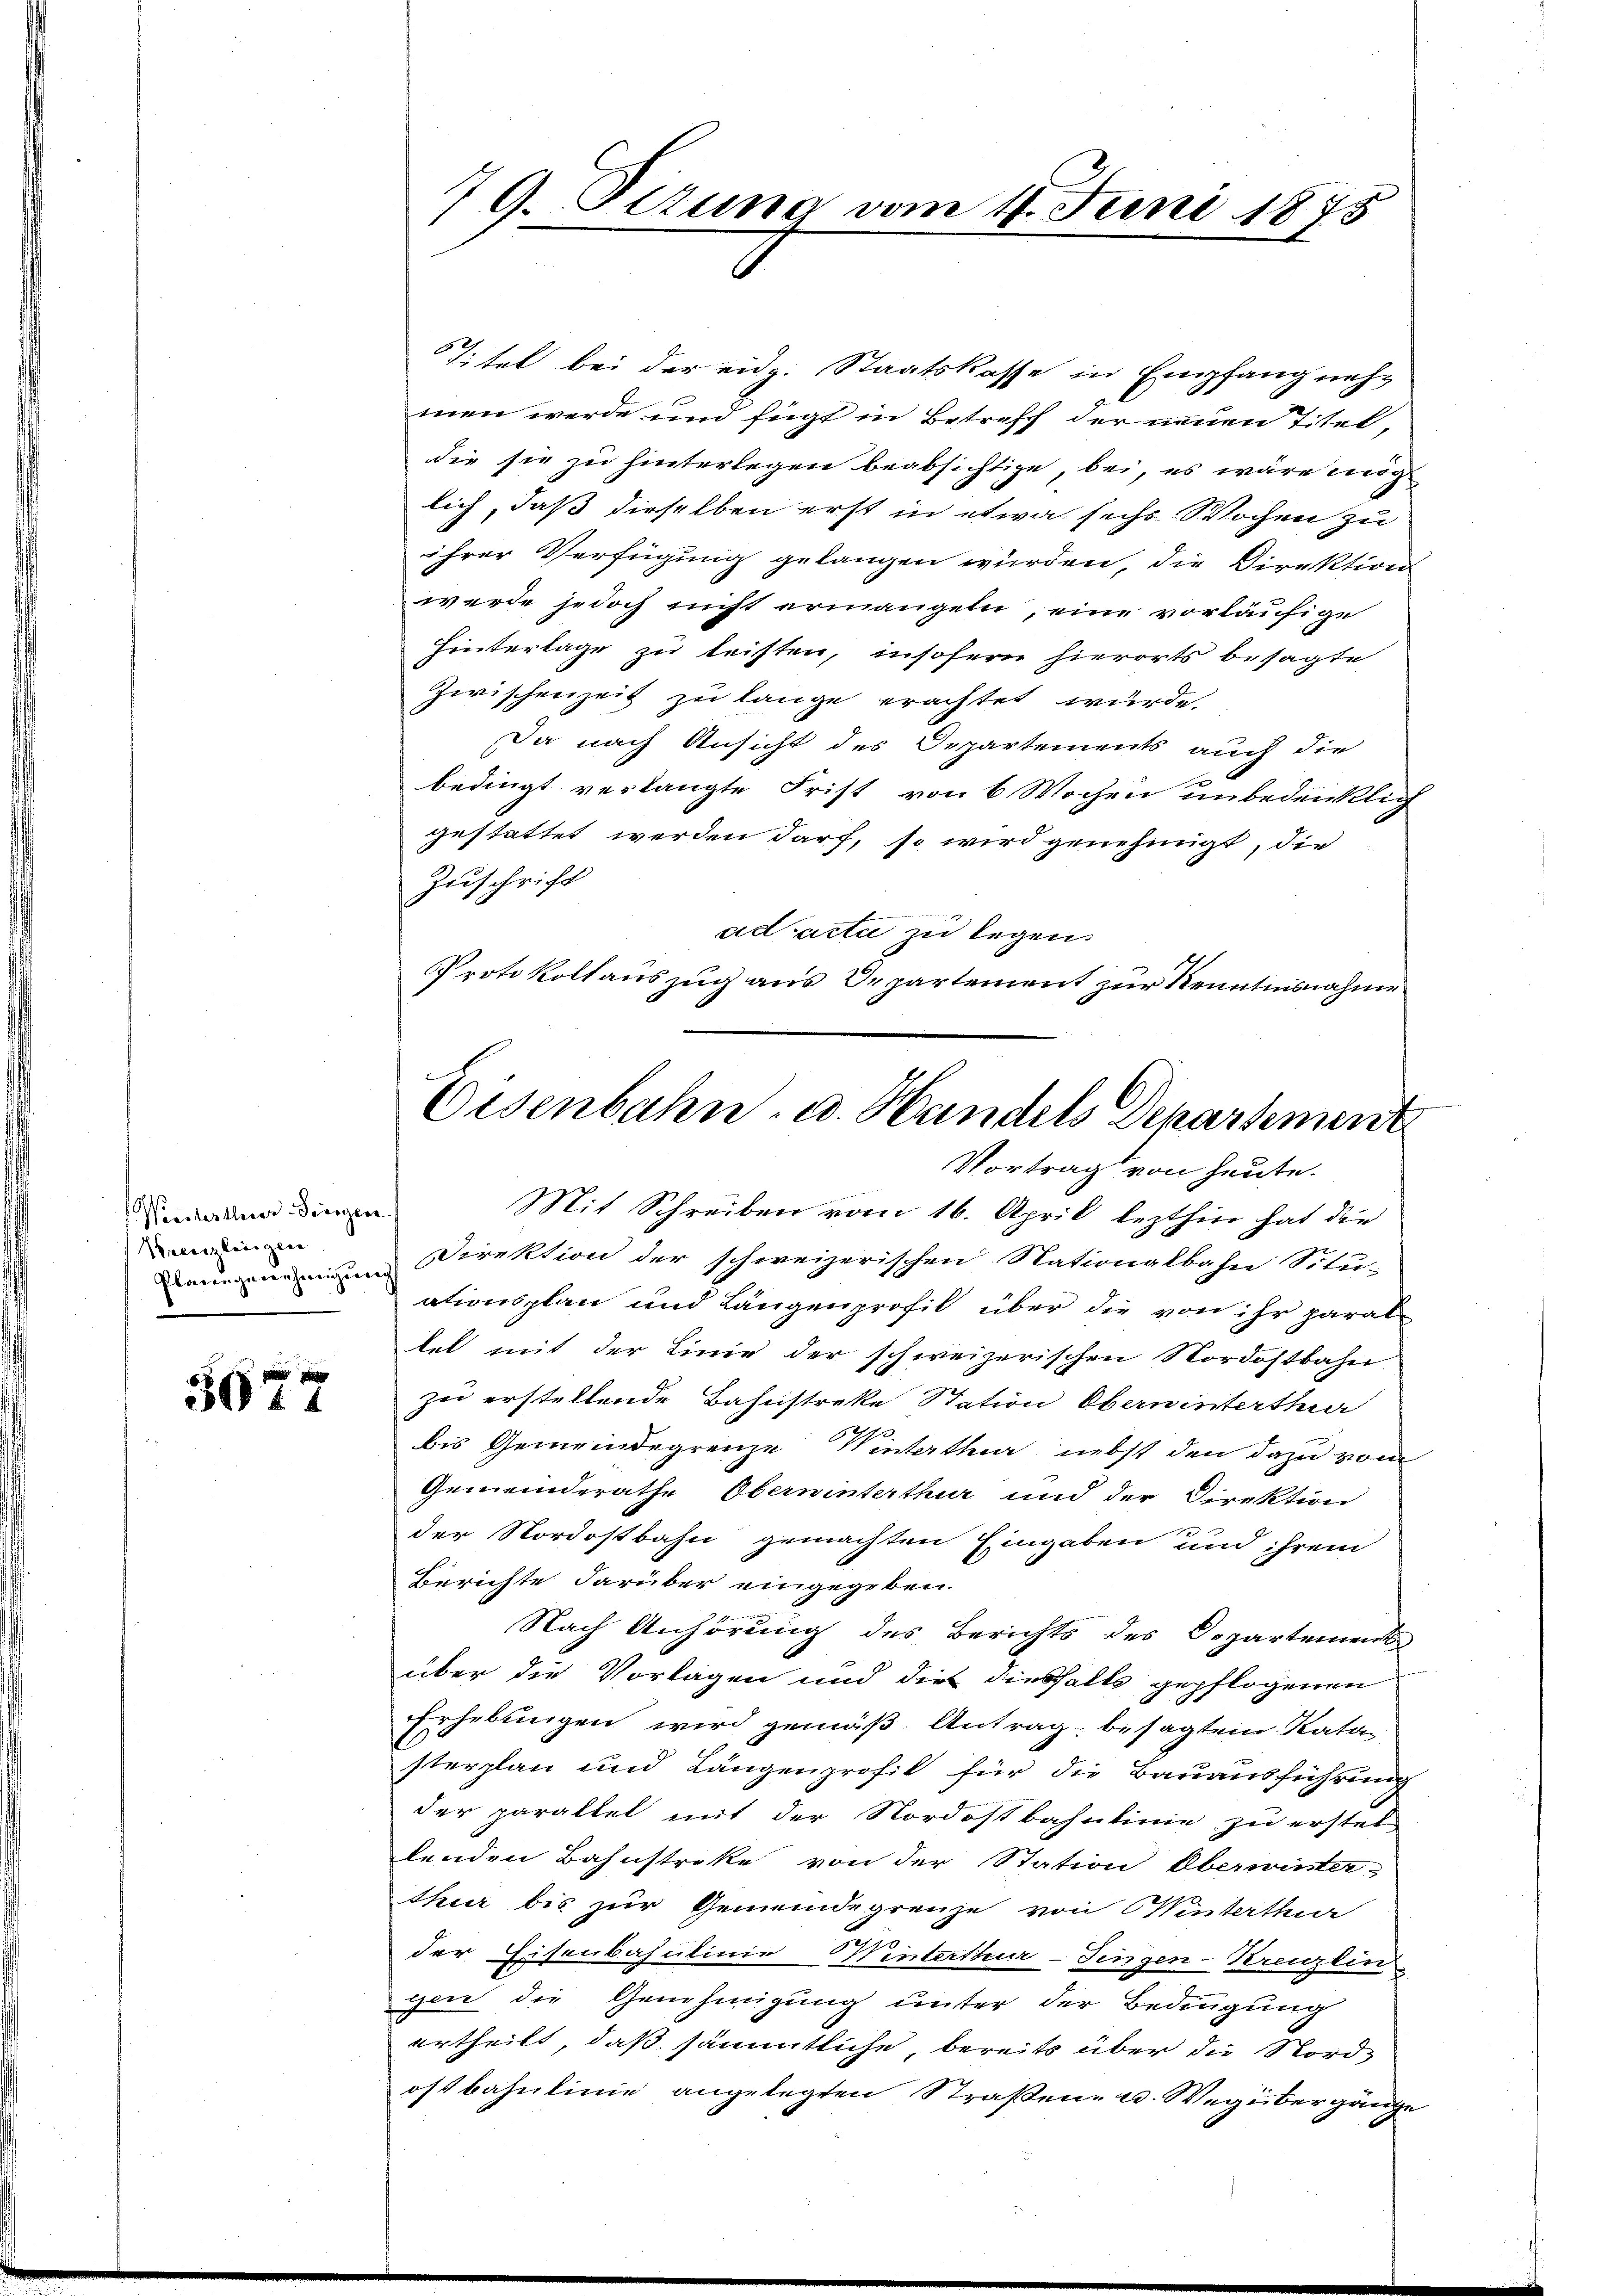
Weisterthurer-Siegen-
Kreuzlinigen
Plarer genehmigung

5677

Titel bei der eidg. Staatskasse in Empfang nehmen werde und fügt in Betreff der neuen Titel,
die sie zu hinterlegen beabsichtige, bei, es wäre möglich, daß dieselben erst in etwa sechs Wochen zu
ihrer Verfügung gelangen würden, die Direktion
werde jedoch nicht ermangeln, eine vorläufige
Hinterlage zu leisten, insofern hierorts besagte
Zwischenzeit zu lange erachtet wurde.
Da nach Ansicht des Departements auch die
bedingt verlangte Frist von 6 Wochen unbedenklich
gestattet werden darf, so wird genehmigt, die
Zuschrift
ad acta zu legen
Protokollauszug aus Departement zur Kenntnisnahme

7 9. Sizung vom 4. Juni 1875

Mit Schreiben vom 16. April lezthin hat die
Direktion der schweizerischen Nationalbahn Situ-
ationsplan und Längenprofil über die von ihr paral-
tet mit der Linie der schweizerischen Nordostbahn
zu erstellende Bahnstreke Station Oberwinterthur
bis Gemeindegrenze Winterthur nebst den dazu vom
Gemeinderathe Oberwinterthur und der Direktion
x
der Nordostbahn gemachten Eingaben und ihrem
Berichte darüber eingegeben.
Nach Anhörung des Berichts des Departements
über die Vorlagen und dies diesfalls gepflogenen
Erhebungen wird gemäß Antrag besagtem Kata
sterplan und Längenprofil für die Bauausführung
der paraltet mit der Nordostbahnlinie zu erstet
lenden Bahnstreke von der Station Oberwinter-
thur bis zur Gemeindegrenze von Winterthur
der Eisenbahnlinie Winterthur-Fingen-Kreuzlin
ger die Genehmigung unter der Bedingung
ertheilt, daß sämmtliche, bereits über die Nordostbahnlinie angelegten Straßen- u. Weg über gänze

Oesenbahn- u. Handels Departement
Vortrag von heute.